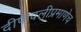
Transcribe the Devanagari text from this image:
दीपावलीप्रमाणेच